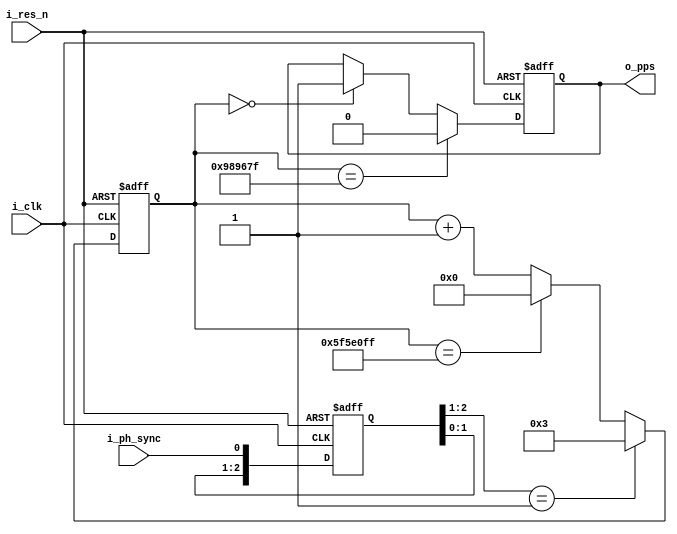
// This program was cloned from: https://github.com/kingyoPiyo/PPS-PhaseMonitor
// License: MIT License

// PPS(T = 1000ms, PW = 100ms)

module pps_gen (
    input   wire    i_clk,      // 100MHz
    input   wire    i_res_n,
    input   wire    i_ph_sync,  // sync to pos edge
    output  reg     o_pps
    );

    localparam DEF_CNT_MAX      = 27'd99999999;
    localparam DEF_CNT_PW       = 27'd9999999;
    localparam DEF_CNT_SYNC_DLY = 27'd3;

    // 
    reg     [2:0]   r_sync_ff;
    wire            w_sync_en = (r_sync_ff[2:1] == 2'b01);
    always @(posedge i_clk or negedge i_res_n) begin
        if (~i_res_n) begin
            r_sync_ff[2:0] <= 3'd0;
        end else begin
            r_sync_ff[2:0] <= {r_sync_ff[1:0], i_ph_sync};
        end
    end

    // Counter
    reg     [26:0]  r_cnt;
    wire            w_cnt_max = (r_cnt == DEF_CNT_MAX);
    always @(posedge i_clk or negedge i_res_n) begin
        if (~i_res_n) begin
            r_cnt[26:0] <= 27'd0;
        end else if (w_sync_en) begin
            r_cnt[26:0] <= DEF_CNT_SYNC_DLY;
        end else if (w_cnt_max) begin
            r_cnt[26:0] <= 27'd0;
        end else begin
            r_cnt[26:0] <= r_cnt[26:0] + 27'd1;
        end
    end

    // Pulse Gen
    always @(posedge i_clk or negedge i_res_n) begin
        if (~i_res_n) begin
            o_pps <= 1'b0;
        end else begin
            if (r_cnt[26:0] == 27'd0)       o_pps <= 1'b1;
            if (r_cnt[26:0] == DEF_CNT_PW)  o_pps <= 1'b0;
        end
    end

endmodule